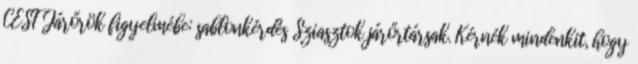
CEST Járőrök figyelmébe: sablonkérdés Sziasztok járőrtársak. Kérnék mindenkit, hogy